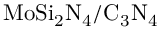
\mathrm { M o S i _ { 2 } N _ { 4 } / C _ { 3 } N _ { 4 } }